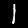
Digit: 1